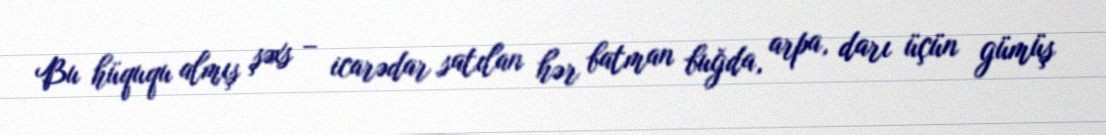
Bu hüququ almış şəxs – icarədar satılan hər batman buğda, arpa, darı üçün gümüş